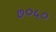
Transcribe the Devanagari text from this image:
७०५०